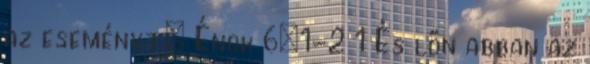
az eseményt: Énok 6:1-2 1 És lőn abban az